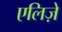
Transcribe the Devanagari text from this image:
एलिज़े